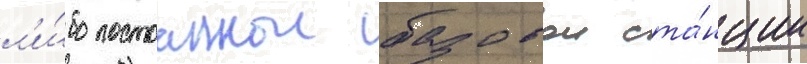
л'и́бо постоаннои базовои ста́нции